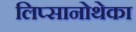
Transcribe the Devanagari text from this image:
लिप्सानोथेका